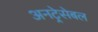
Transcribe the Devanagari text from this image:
अनट्रेसेबल